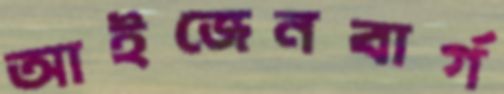
আইজেনবার্গ